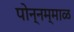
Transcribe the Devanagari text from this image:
पोन्नम्माळ